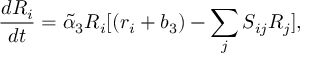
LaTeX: \frac { d R _ { i } } { d t } = \tilde { \alpha } _ { 3 } R _ { i } [ ( r _ { i } + b _ { 3 } ) - \sum _ { j } S _ { i j } R _ { j } ] ,